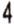
4